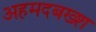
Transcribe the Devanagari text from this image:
अहमदबख्श